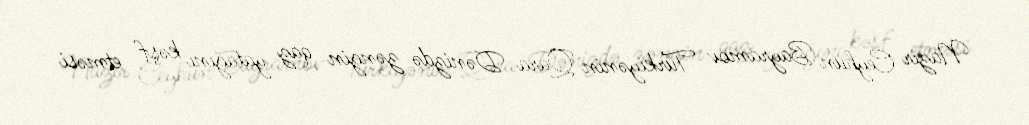
Nazir Ceyhun Bayramov Türkiyənin Qara Dənizdə zəngin qaz yatağını kəşf etməsi